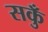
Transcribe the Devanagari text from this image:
सकुँ